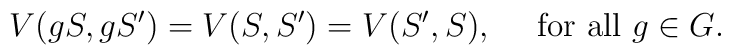
V(gS,gS')=V(S,S')=V(S',S),~~~~{\rm for~all}~g\in G.